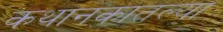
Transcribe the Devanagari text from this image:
कथानकातल्या